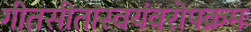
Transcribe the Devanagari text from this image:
गीतसीतास्वयंवरोपक्रमः